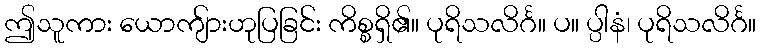
ဤသူကား ယောကျ်ားဟုပြခြင်း ကိစ္စရှိ၏။ ပုရိသလိင်္ဂ။ ပ။ ပ္ပါနံ၊ ပုရိသလိင်္ဂ။